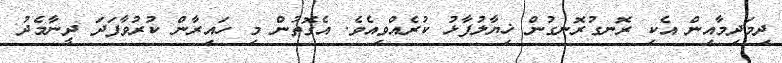
ދިމަދިމާއިން އެކި ރޮނގުރޮނގުން ޚިޔާލުފާޅު ކުރެއްވިއެވެ. އެގޮތުން މި ހައިރާން ކުރުވާފަދަ ދީނާމެދު